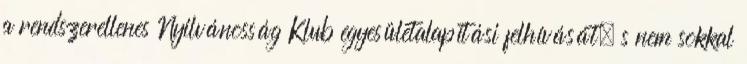
a rendszerellenes Nyilvánosság Klub egyesületalapítási felhívását, s nem sokkal